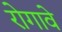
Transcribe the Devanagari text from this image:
रोगावे